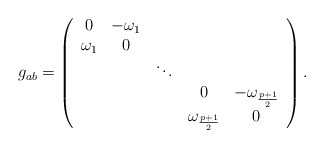
\begin{align*} g_{ab}=\left( \begin{array}{ccccc} 0 & -\omega_1 & & & \\ \omega_1 &0& & & \\ & &\ddots & & \\ &&&0 & -\omega_{\frac{p+1}{2}} \\ &&&\omega_{\frac{p+1}{2}} &0 \\ \end{array} \right).\end{align*}